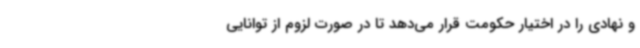
و نهادی را در اختیار حکومت قرار می‌دهد تا در صورت لزوم از توانایی